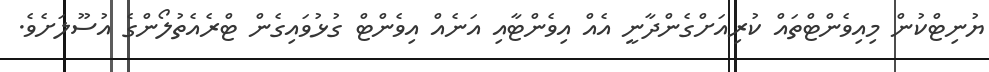
ޔުނިޓްކުން މިއިވެންޓްތައް ކުރިއަށްގެންދާނީ އެއް އިވެންޓާއި އަނެއް އިވެންޓް ގުޅުވައިގެން ޓްރެއެތުލޯންގެ އުސޫލަށެވެ.